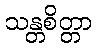
သန္တစိတ္တာ